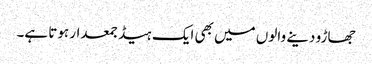
جھاڑو دینے والوں میں بھی ایک ہیڈ جمعدار ہوتا ہے۔